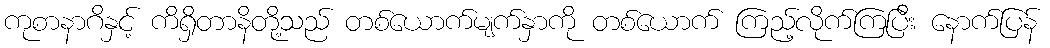
ကုစာနာဂိနှင့် ကိရှိတာနိတို့သည် တစ်ယောက်မျက်နှာကို တစ်ယောက် ကြည့်လိုက်ကြပြီး နောက်ပြန်